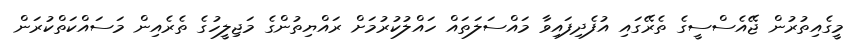
މީގެއިތުރުން ޖޭއެސްސީގެ ތެރޭގައި އުފެދިފައިވާ މައްސަލަތައް ހައްލުކުރުމަށް ރައްޔިތުންގެ މަޖިލީހުގެ ތެރެއިން މަސައްކަތްކުރަން